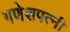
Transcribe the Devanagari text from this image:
गणेशपत्नी